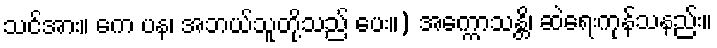
သင်အား။ ကေ ပန၊ အဘယ်သူတို့သည် ပေး။) အက္ကောသန္တိ၊ ဆဲရေးကုန်သနည်း။